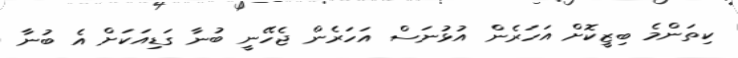
ކިތަންމެ ބިޒީކޮށް އަހަރެން އުޅުނަސް އަހަރެން ޖެހޭނީ ބުނާ ގަޑިއަކަށް އެ ބުނާ